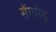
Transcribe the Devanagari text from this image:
सेंगमेदु